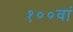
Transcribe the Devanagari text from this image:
१००वां